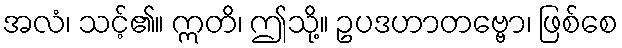
အလံ၊ သင့်၏။ ဣတိ၊ ဤသို့။ ဥပဒဟာတဗ္ဗော၊ ဖြစ်စေ